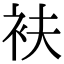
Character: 衭